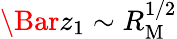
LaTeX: \Bar{z}_{1}\sim R_{\mathrm{M}}^{1/2}